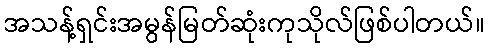
အသန့်ရှင်းအမွန်မြတ်ဆုံးကုသိုလ်ဖြစ်ပါတယ်။